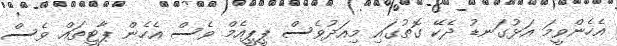
އެހެންވީމަ އަޅުގަނޑު ދެކޭ ގޮތުގައި މިއަދުވެސް ޕީޕީއެމް ވެސް އެހެން ޕާޓީތައް ވެސް